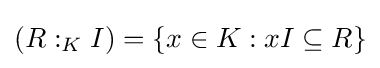
(R:_{K}I)=\{x\in K:xI\subseteq R\}